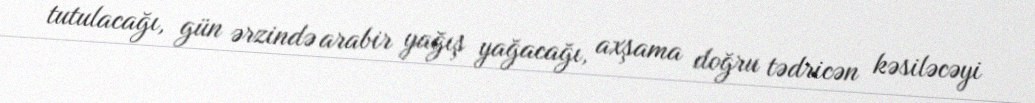
tutulacağı, gün ərzində arabir yağış yağacağı, axşama doğru tədricən kəsiləcəyi